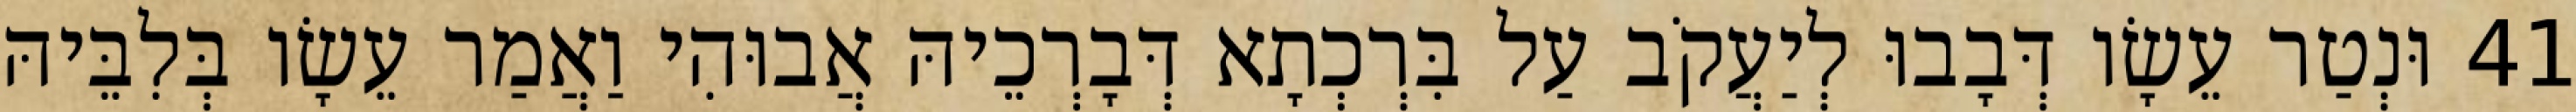
41 וּנְטַר עֵשָׂו דְּבָבוּ לְיַעֲקֹב עַל בִּרְכְתָא דְּבָרְכֵיהּ אֲבוּהִי וַאֲמַר עֵשָׂו בְּלִבֵּיהּ